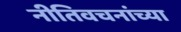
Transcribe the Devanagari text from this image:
नीतिवचनांच्या